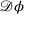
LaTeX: { \mathcal { D } } \phi